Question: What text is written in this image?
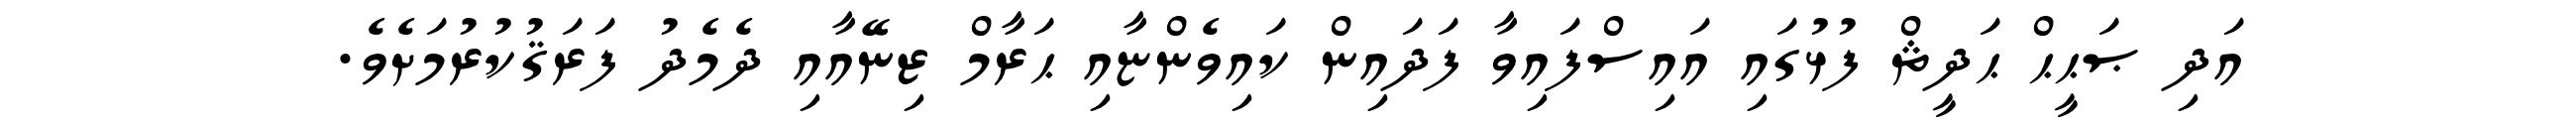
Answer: އަދި ޞަޙީޙް ޙަދީޘް ފުޅުގައި އައިސްފައިވާ ފަދައިން ކައިވެންޏާއި ޙަރާމް ޒިނޭއާއި ދެމެދު ފަރަޤުކުރުމަށެވެ.